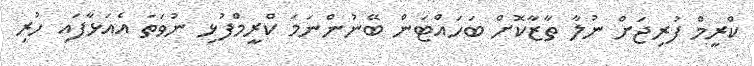
ކްރީމް ފުރިޖަށް ނުލާ ތާޒާކޮށް ބަހައްޓަން ބޭނުންނަމަ ކްރީމްފުޅި ނުވަތަ އެއަޅާފައި ހުރި